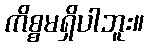
ကိစ္စမရှိပါဘူး။